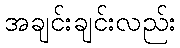
အချင်းချင်းလည်း